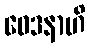
ဝေဒနာဟိ